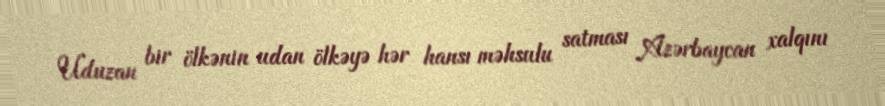
Uduzan bir ölkənin udan ölkəyə hər hansı məhsulu satması Azərbaycan xalqını